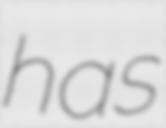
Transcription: has